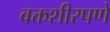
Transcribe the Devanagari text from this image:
वक्तशीरपणे